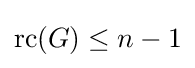
{\text{rc}}(G)\leq n-1